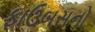
ફાઉબસનો